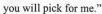
you will pick for me."